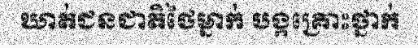
ឃាត់ជនជាតិថៃម្នាក់ បង្កគ្រោះថ្នាក់